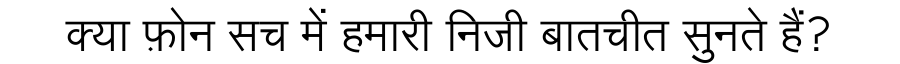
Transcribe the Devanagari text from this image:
क्या फ़ोन सच में हमारी निजी बातचीत सुनते हैं?